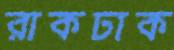
রাকঢাক